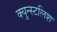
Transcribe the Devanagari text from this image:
क्युन्स्टलिश